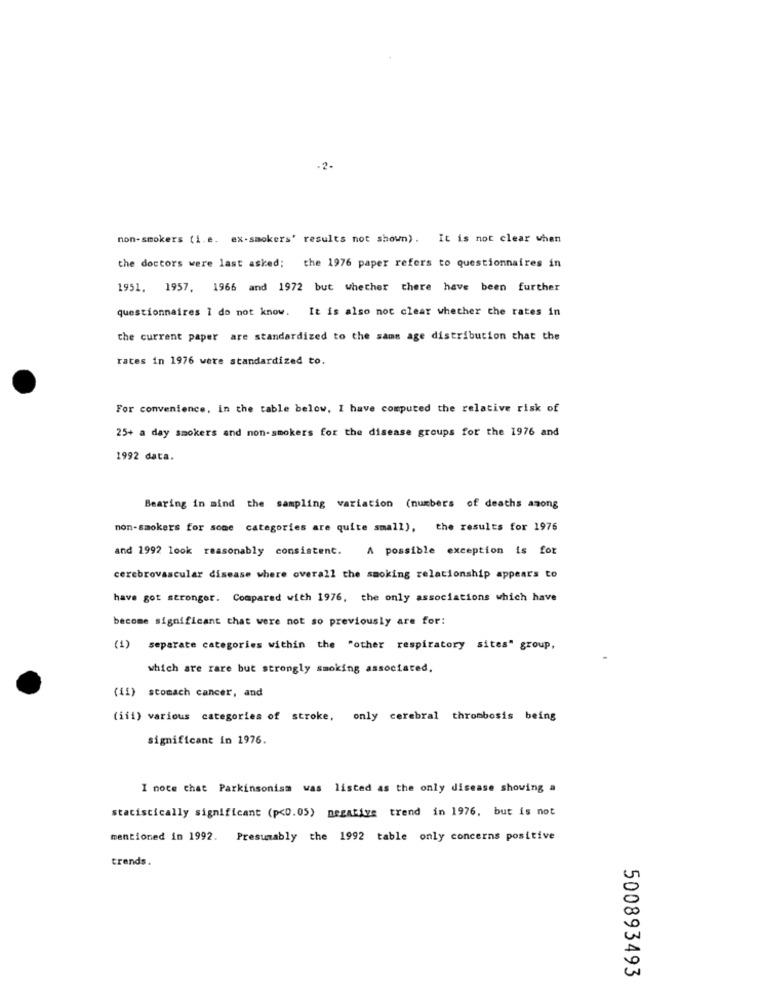
-2-
non-smokers (i.e. ex-smokers' results not shown). It is not clear when
the doctors were last asked; the 1976 paper refers to questionnaires in
1951. 1957, 1966 and 1972 but whether there have been further
questionnaires i do not know. It is also not clear whether the rates in
the current paper are standardized to the same age distribution that the
rates in 1976 were standardized to.
For convenience. in the table below. I have computed the relative risk of
25+ a day smokers and non-smokers for the disease groups for the 1976 and
1992 data.
Bearing in mind the sampling variation (numbers of deaths among
non-smokers for some categories are quite small), the results for 1976
and 1992 look reasonably consistent. A possible exception is for
cerebrovascular disease where overall the smoking relationship appears to
have got stronger. Compared with 1976, the only associations which have
become significant that were not so previously are for:
(1) separate categories within the "other respiratory sites" group,
which are rare but strongly smoking associated,
(11) scomach cancer, and
(iii) various categories of stroke, only cerebral thrombosis being
significant in 1976.
I note that Parkinsonism was listed as the only disease showing a
statistically significant (p<D.05) negative trend in 1976, but is not
mentioned in 1992. Presumably the 1992 table only concerns positive
trends.
500893493